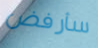
سأرفض